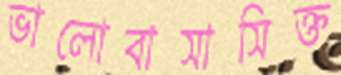
ভালোবাসাসিক্ত